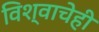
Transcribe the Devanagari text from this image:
विश्वाचेही